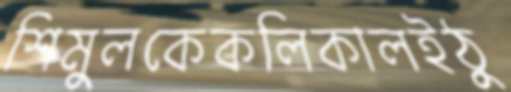
শিমুলকেকলিকালইঠু